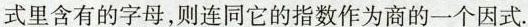
式里含有的字母，则连同它的指数作为商的一个因式.